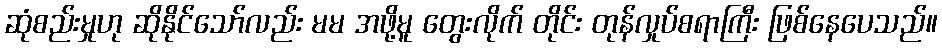
ဆုံစည်းမှုဟု ဆိုနိုင်သော်လည်း မမ အဖို့မူ တွေးလိုက် တိုင်း တုန်လှုပ်စရာကြီး ဖြစ်နေပေသည်။